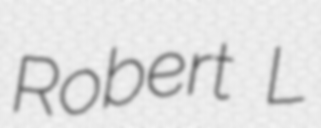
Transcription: Robert L